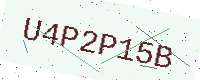
Text: U4P2P15B